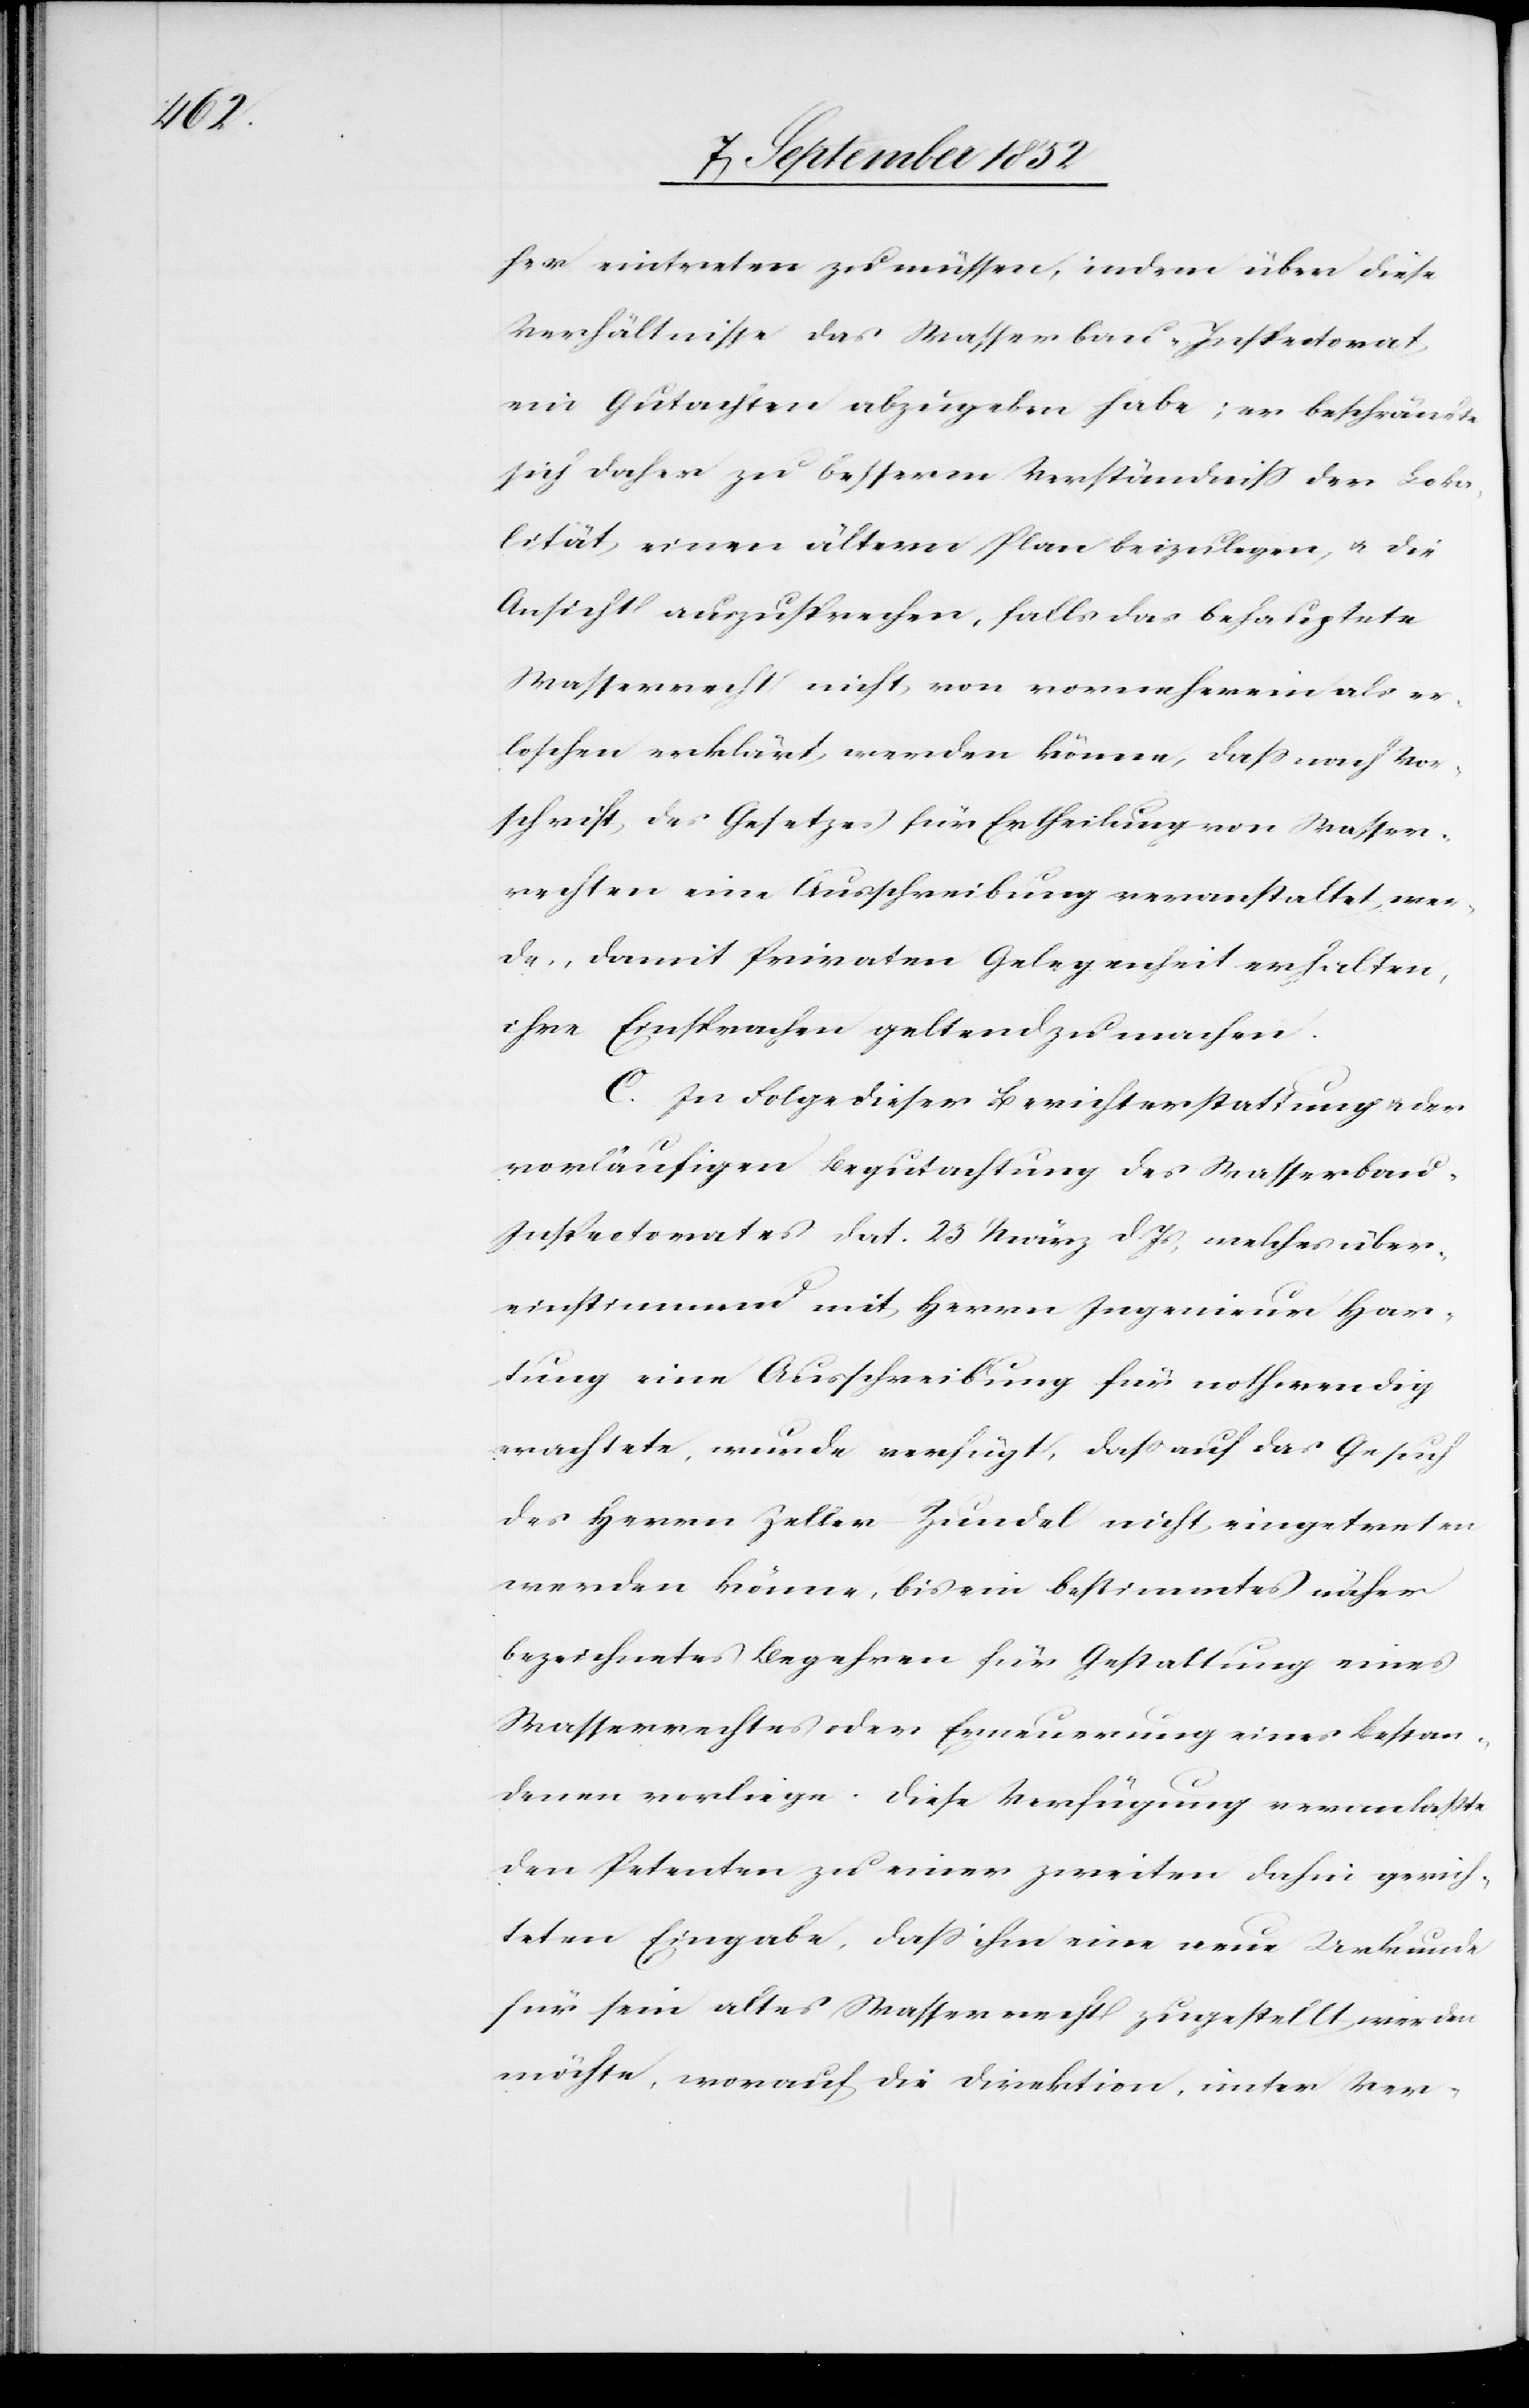
her eintreten zu müssen, indem über diese
Verhältnisse das Wasserbau-Inspectorat
ein Gutachten abzugeben habe; er beschränkte
sich daher zu besserm Verständniss der Loka¬
lität einen ältern Plan beizulegen, & die
Ansicht auszusprechen, falls das behauptete
Wasserrecht nicht von vorneherein als er¬
loschen erklärt werden könne, dass nach Vor¬
schrift des Gesetzes für Ertheilung von Wasser¬
rechten eine Ausschreibung veranstaltet wer¬
de, damit Privaten Gelegenheit erhalten,
ihre Einsprachen geltend zu machen.
C. In Folge dieser Berichterstattung & der
vorläufigen Begutachtung des Wasserbau-I¬
nspectorates dat. 25 März d. Js, welches über¬
einstimmend mit Herrn Ingenieur Har¬
tung eine Ausschreibung für nothwendig
erachtete, wurde verfügt, dass auf das Gesuch
des Herrn Zeller-Zundel nicht eingetreten
werden könne, bis ein bestimmtes näher
bezeichnetes Begehren für Gestattung eines
Wasserrechtes oder Erneuerung eines Bestan¬
denen vorliege. Diese Verfügung veranlaßte
den Petenten zu einer zweiten dahin gerich¬
teten Eingabe, dass ihm eine neue Urkunde
für sein altes Wasserrecht zugestellt werden
möchte, worauf die Direktion, unter Ver-